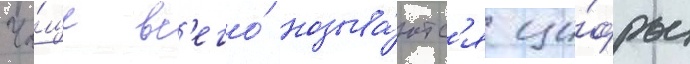
Ча́ще вс'его́ называ́ютс'я ци́фры